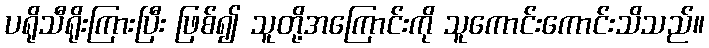
ပရိုသီရိုးကြားပြီး ဖြစ်၍ သူတို့အကြောင်းကို သူကောင်းကောင်းသိသည်။